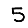
Digit: 5